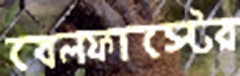
বেলফাস্টের